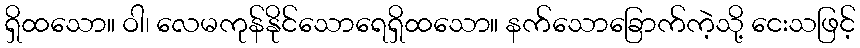
ရှိထသော။ ဝါ၊ လေမကုန်နိုင်သောရေရှိထသော။ နက်သောခြောက်ကဲ့သို့ ငေးသဖြင့်